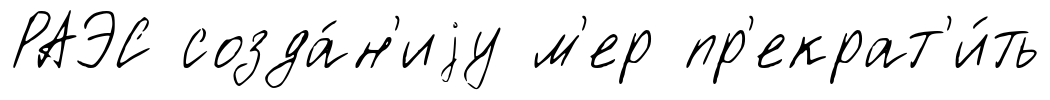
РАЭС созда́н'иjу м'ер пр'екрат'и́ть